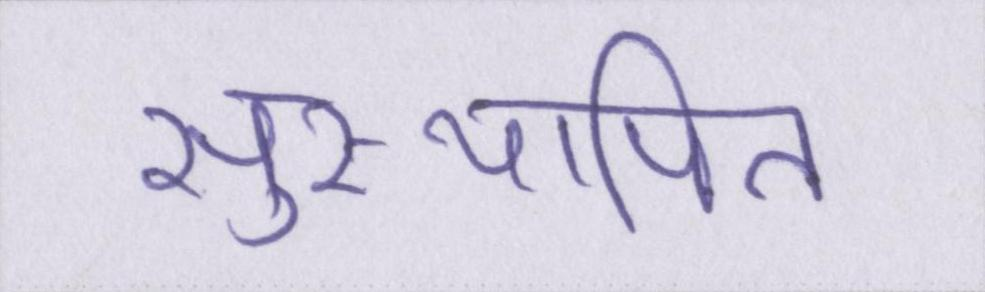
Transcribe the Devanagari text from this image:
सुस्थापित